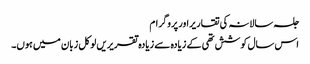
جلسہ سالانہ کی تقاریراور پروگرام
اس سال کوشش تھی کے زیادہ سے زیادہ تقریریں لوکل زبان میں ہوں۔